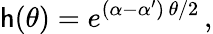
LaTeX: \mathsf{h}(\theta)=e^{(\alpha-\alpha^{\prime})\, \theta/2}\, ,